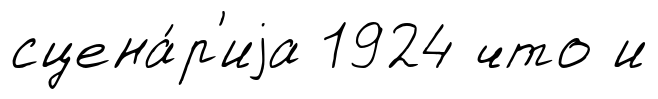
сцена́р'иjа 1924 что и